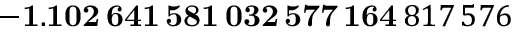
\mathbf { - 1 . 1 0 2 \, 6 4 1 \, 5 8 1 \, 0 3 2 \, 5 7 7 \, 1 6 4 } \, 8 1 7 \, 5 7 6